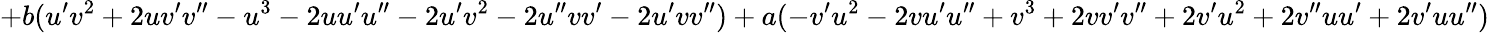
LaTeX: +b(u^{\prime}v^{2}+2uv^{\prime}v^{\prime\prime}-u^{3}-2uu^{\prime}u^{\prime\prime}-2u^{\prime}v^{2}-2u^{\prime\prime}vv^{\prime}-2u^{\prime}vv^{\prime\prime})+a(-v^{\prime}u^{2}-2vu^{\prime}u^{\prime\prime}+v^{3}+2vv^{\prime}v^{\prime\prime}+2v^{\prime}u^{2}+2v^{\prime\prime}uu^{\prime}+2v^{\prime}uu^{\prime\prime})